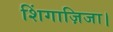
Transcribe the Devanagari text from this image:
शिंगाज़िजा।